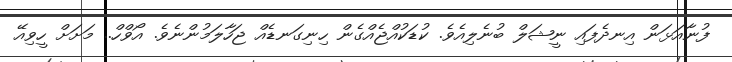
ފުނާއަޅަން އިނދެފައި ނީޝަލް ބުނެލިއެވެ. ކުޑަކުއްޖެއްގެން ހިނިގަނޑެއް ޖަހާލަމުންނެވެ. އޯވްހް.. މަށަށް ހީވިއޭ